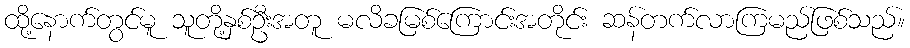
ထို့နောက်တွင်မူ သူတို့နှစ်ဦးအတူ မလိခမြစ်ကြောင်းအတိုင်း ဆန်တက်လာကြမည်ဖြစ်သည်။